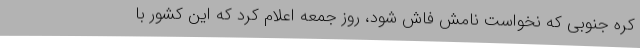
کره جنوبی که نخواست نامش فاش شود، روز جمعه اعلام کرد که این کشور با